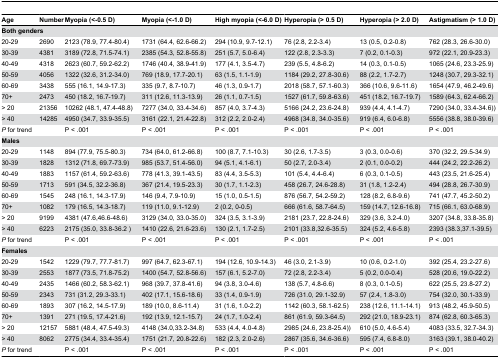
<table><thead><tr><td><b>Age</b></td><td><b>Number</b></td><td><b>Myopia (&lt;-0.5 D)</b></td><td><b>Myopia (&lt;-1.0 D)</b></td><td><b>High myopia (&lt;-6.0 D)</b></td><td><b>Hyperopia (&gt; 0.5 D)</b></td><td><b>Hyperopia (&gt; 2.0 D)</b></td><td><b>Astigmatism (&gt; 1.0 D)</b></td></tr></thead><tbody><tr><td colspan="8"><b>Both genders</b></td></tr><tr><td>20-29</td><td>2690</td><td>2123 (78.9, 77.4-80.4)</td><td>1731 (64.4, 62.6-66.2)</td><td>294 (10.9, 9.7-12.1)</td><td>76 (2.8, 2.2-3.4)</td><td>13 (0.5, 0.2-0.8)</td><td>762 (28.3, 26.6-30.0)</td></tr><tr><td>30-39</td><td>4381</td><td>3189 (72.8, 71.5-74.1)</td><td>2385 (54.3, 52.8-55.8)</td><td>251 (5.7, 5.0-6.4)</td><td>122 (2.8, 2.3-3.3)</td><td>7 (0.2, 0.1-0.3)</td><td>972 (22.1, 20.9-23.3)</td></tr><tr><td>40-49</td><td>4318</td><td>2623 (60.7, 59.2-62.2)</td><td>1746 (40.4, 38.9-41.9)</td><td>177 (4.1, 3.5-4.7)</td><td>239 (5.5, 4.8-6.2)</td><td>14 (0.3, 0.1-0.5)</td><td>1065 (24.6, 23.3-25.9)</td></tr><tr><td>50-59</td><td>4056</td><td>1322 (32.6, 31.2-34.0)</td><td>769 (18.9, 17.7-20.1)</td><td>63 (1.5, 1.1-1.9)</td><td>1184 (29.2, 27.8-30.6)</td><td>88 (2.2, 1.7-2.7)</td><td>1248 (30.7, 29.3-32.1)</td></tr><tr><td>60-69</td><td>3438</td><td>555 (16.1, 14.9-17.3)</td><td>335 (9.7, 8.7-10.7)</td><td>46 (1.3, 0.9-1.7)</td><td>2018 (58.7, 57.1-60.3)</td><td>366 (10.6, 9.6-11.6)</td><td>1654 (47.9, 46.2-49.6)</td></tr><tr><td>70+</td><td>2473</td><td>450 (18.2, 16.7-19.7)</td><td>311 (12.6, 11.3-13.9)</td><td>26 (1.1, 0.7-1.5)</td><td>1527 (61.7, 59.8-63.6)</td><td>451 (18.2, 16.7-19.7)</td><td>1589 (64.3, 62.4-66.2)</td></tr><tr><td>&gt; 20</td><td>21356</td><td>10262 (48.1, 47.4-48.8)</td><td>7277 (34.0, 33.4-34.6)</td><td>857 (4.0, 3.7-4.3)</td><td>5166 (24.2, 23.6-24.8)</td><td>939 (4.4, 4.1-4.7)</td><td>7290 (34.0, 33.4-34.6))</td></tr><tr><td>&gt; 40</td><td>14285</td><td>4950 (34.7, 33.9-35.5)</td><td>3161 (22.1, 21.4-22.8)</td><td>312 (2.2, 2.0-2.4)</td><td>4968 (34.8, 34.0-35.6)</td><td>919 (6.4, 6.0-6.8)</td><td>5556 (38.8, 38.0-39.6)</td></tr><tr><td><i>P</i> for trend</td><td></td><td>P &lt; .001</td><td>P &lt; .001</td><td>P &lt; .001</td><td>P &lt; .001</td><td>P &lt; .001</td><td>P &lt; .001</td></tr><tr><td colspan="8"><b>Males</b></td></tr><tr><td>20-29</td><td>1148</td><td>894 (77.9, 75.5-80.3)</td><td>734 (64.0, 61.2-66.8)</td><td>100 (8.7, 7.1-10.3)</td><td>30 (2.6, 1.7-3.5)</td><td>3 (0.3, 0.0-0.6)</td><td>370 (32.2, 29.5-34.9)</td></tr><tr><td>30-39</td><td>1828</td><td>1312 (71.8, 69.7-73.9)</td><td>985 (53.7, 51.4-56.0)</td><td>94 (5.1, 4.1-6.1)</td><td>50 (2.7, 2.0-3.4)</td><td>2 (0.1, 0.0-0.2)</td><td>444 (24.2, 22.2-26.2)</td></tr><tr><td>40-49</td><td>1883</td><td>1157 (61.4, 59.2-63.6)</td><td>778 (41.3, 39.1-43.5)</td><td>83 (4.4, 3.5-5.3)</td><td>101 (5.4, 4.4-6.4)</td><td>6 (0.3, 0.1-0.5)</td><td>443 (23.5, 21.6-25.4)</td></tr><tr><td>50-59</td><td>1713</td><td>591 (34.5, 32.2-36.8)</td><td>367 (21.4, 19.5-23.3)</td><td>30 (1.7, 1.1-2.3)</td><td>458 (26.7, 24.6-28.8)</td><td>31 (1.8, 1.2-2.4)</td><td>494 (28.8, 26.7-30.9)</td></tr><tr><td>60-69</td><td>1545</td><td>248 (16.1, 14.3-17.9)</td><td>146 (9.4, 7.9-10.9)</td><td>15 (1.0, 0.5-1.5)</td><td>876 (56.7, 54.2-59.2)</td><td>128 (8.2, 6.8-9.6)</td><td>741 (47.7, 45.2-50.2)</td></tr><tr><td>70+</td><td>1082</td><td>179 (16.5, 14.3-18.7)</td><td>119 (11.0, 9.1-12.9)</td><td>2 (0.2, 0-0.5)</td><td>666 (61.6, 58.7-64.5)</td><td>159 (14.7, 12.6-16.8)</td><td>715 (66.1, 63.0-68.9)</td></tr><tr><td>&gt; 20</td><td>9199</td><td>4381 (47.6,46.6-48.6)</td><td>3129 (34.0, 33.0-35.0)</td><td>324 (3.5, 3.1-3.9)</td><td>2181 (23.7, 22.8-24.6)</td><td>329 (3.6, 3.2-4.0)</td><td>3207 (34.8, 33.8-35.8)</td></tr><tr><td>&gt; 40</td><td>6223</td><td>2175 (35.0, 33.8-36.2 )</td><td>1410 (22.6, 21.6-23.6)</td><td>130 (2.1, 1.7-2.5)</td><td>2101 (33.8,32.6-35.5)</td><td>324 (5.2, 4.6-5.8)</td><td>2393 (38.3,37.1-39.5)</td></tr><tr><td><i>P</i> for trend</td><td></td><td>P &lt; .001</td><td>P &lt; .001</td><td>P &lt; .001</td><td>P &lt; .001</td><td>P &lt; .001</td><td>P &lt; .001</td></tr><tr><td colspan="8"><b>Females</b></td></tr><tr><td>20-29</td><td>1542</td><td>1229 (79.7, 77.7-81.7)</td><td>997 (64.7, 62.3-67.1)</td><td>194 (12.6, 10.9-14.3)</td><td>46 (3.0, 2.1-3.9)</td><td>10 (0.6, 0.2-1.0)</td><td>392 (25.4, 23.2-27.6)</td></tr><tr><td>30-39</td><td>2553</td><td>1877 (73.5, 71.8-75.2)</td><td>1400 (54.7, 52.8-56.6)</td><td>157 (6.1, 5.2-7.0)</td><td>72 (2.8, 2.2-3.4)</td><td>5 (0.2, 0.0-0.4)</td><td>528 (20.6, 19.0-22.2)</td></tr><tr><td>40-49</td><td>2435</td><td>1466 (60.2, 58.3-62.1)</td><td>968 (39.7, 37.8-41.6)</td><td>94 (3.8, 3.0-4.6)</td><td>138 (5.7, 4.8-6.6)</td><td>8 (0.3, 0.1-0.5)</td><td>622 (25.5, 23.8-27.2)</td></tr><tr><td>50-59</td><td>2343</td><td>731 (31.2, 29.3-33.1)</td><td>402 (17.1, 15.6-18.6)</td><td>33 (1.4, 0.9-1.9)</td><td>726 (31.0, 29.1-32.9)</td><td>57 (2.4, 1.8-3.0)</td><td>754 (32.0, 30.1-33.9)</td></tr><tr><td>60-69</td><td>1893</td><td>307 (16.2, 14.5-17.9)</td><td>189 (10.0, 8.6-11.4)</td><td>31 (1.6, 1.0-2.2)</td><td>1142 (60.3, 58.1-62.5)</td><td>238 (12.6, 11.1-14.1)</td><td>913 (48.2, 45.9-50.5)</td></tr><tr><td>70+</td><td>1391</td><td>271 (19.5, 17.4-21.6)</td><td>192 (13.9, 12.1-15.7)</td><td>24 (1.7, 1.0-2.4)</td><td>861 (61.9, 59.3-64.5)</td><td>292 (21.0, 18.9-23.1)</td><td>874 (62.8, 60.3-65.3)</td></tr><tr><td>&gt; 20</td><td>12157</td><td>5881 (48.4, 47.5-49.3)</td><td>4148 (34.0,33.2-34.8)</td><td>533 (4.4, 4.0-4.8)</td><td>2985 (24.6, 23.8-25.4))</td><td>610 (5.0, 4.6-5.4)</td><td>4083 (33.5, 32.7-34.3)</td></tr><tr><td>&gt; 40</td><td>8062</td><td>2775 (34.4, 33.4-35.4)</td><td>1751 (21.7, 20.8-22.6)</td><td>182 (2.3, 2.0-2.6)</td><td>2867 (35.6, 34.6-36.6)</td><td>595 (7.4, 6.8-8.0)</td><td>3163 (39.1, 38.0-40.2)</td></tr><tr><td><i>P</i> for trend</td><td></td><td>P &lt; .001</td><td>P &lt; .001</td><td>P &lt; .001</td><td>P &lt; .001</td><td>P &lt; .001</td><td>P &lt; .001</td></tr></tbody></table>